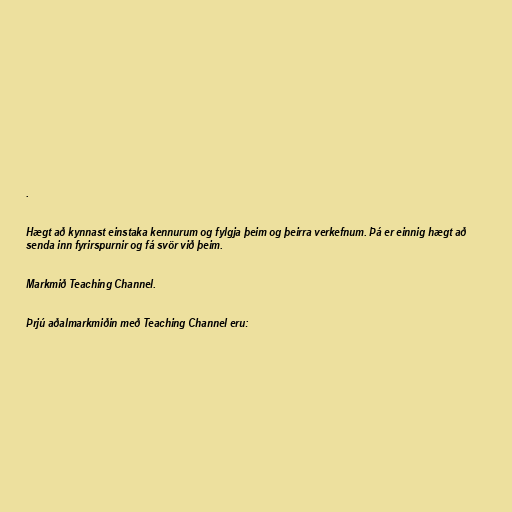
.

Hægt að kynnast einstaka kennurum og fylgja þeim og þeirra verkefnum. Þá er einnig hægt að
senda inn fyrirspurnir og fá svör við þeim.

Markmið Teaching Channel.

Þrjú aðalmarkmiðin með Teaching Channel eru: